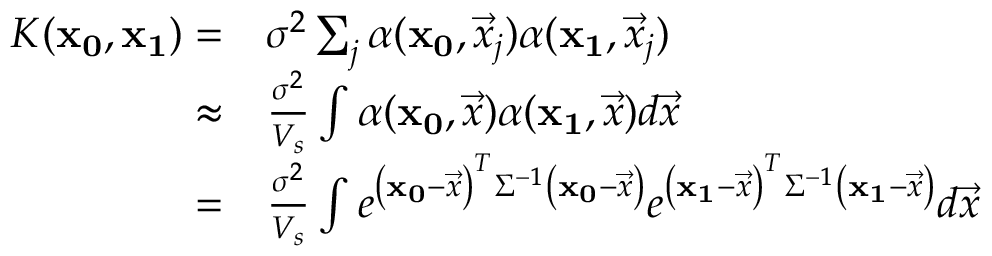
\begin{array} { r l } { K ( \mathbf { x _ { 0 } } , \mathbf { x _ { 1 } } ) = } & { { } \sigma ^ { 2 } \sum _ { j } \alpha ( \mathbf { x _ { 0 } } , \vec { x } _ { j } ) \alpha ( \mathbf { x _ { 1 } } , \vec { x } _ { j } ) } \\ { \approx } & { { } \frac { \sigma ^ { 2 } } { V _ { s } } \int \alpha ( \mathbf { x _ { 0 } } , \vec { x } ) \alpha ( \mathbf { x _ { 1 } } , \vec { x } ) d \vec { x } } \\ { = } & { { } \frac { \sigma ^ { 2 } } { V _ { s } } \int e ^ { \left( \mathbf { x _ { 0 } } - \vec { x } \right) ^ { T } \Sigma ^ { - 1 } \left( \mathbf { x _ { 0 } } - \vec { x } \right) } e ^ { \left( \mathbf { x _ { 1 } } - \vec { x } \right) ^ { T } \Sigma ^ { - 1 } \left( \mathbf { x _ { 1 } } - \vec { x } \right) } d \vec { x } } \end{array}